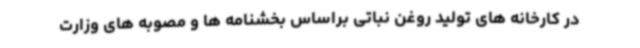
در کارخانه های تولید روغن نباتی براساس بخشنامه ها و مصوبه های وزارت